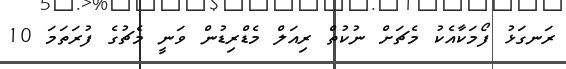
ރަނގަޅު ފޯމަކާއެކު މެޗަށް ނުކުތް ރިއަލް މެޑްރިޑުން ވަނީ މެޗުގެ ފުރަތަމަ 10